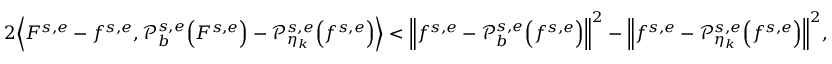
2 \Big \langle F ^ { s , e } - f ^ { s , e } , \mathcal { P } _ { b } ^ { s , e } \Big ( F ^ { s , e } \Big ) - \mathcal { P } _ { \eta _ { k } } ^ { s , e } \Big ( f ^ { s , e } \Big ) \Big \rangle < \Big \| f ^ { s , e } - \mathcal { P } _ { b } ^ { s , e } \Big ( f ^ { s , e } \Big ) \Big \| ^ { 2 } - \Big \| f ^ { s , e } - \mathcal { P } _ { \eta _ { k } } ^ { s , e } \Big ( f ^ { s , e } \Big ) \Big \| ^ { 2 } ,